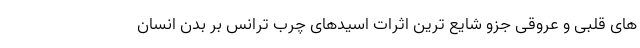
های قلبی و عروقی جزو شایع ترین اثرات اسیدهای چرب ترانس بر بدن انسان